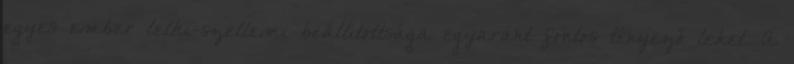
egyes ember lelki-szellemi beállítottsága egyaránt fontos tényező lehet. A